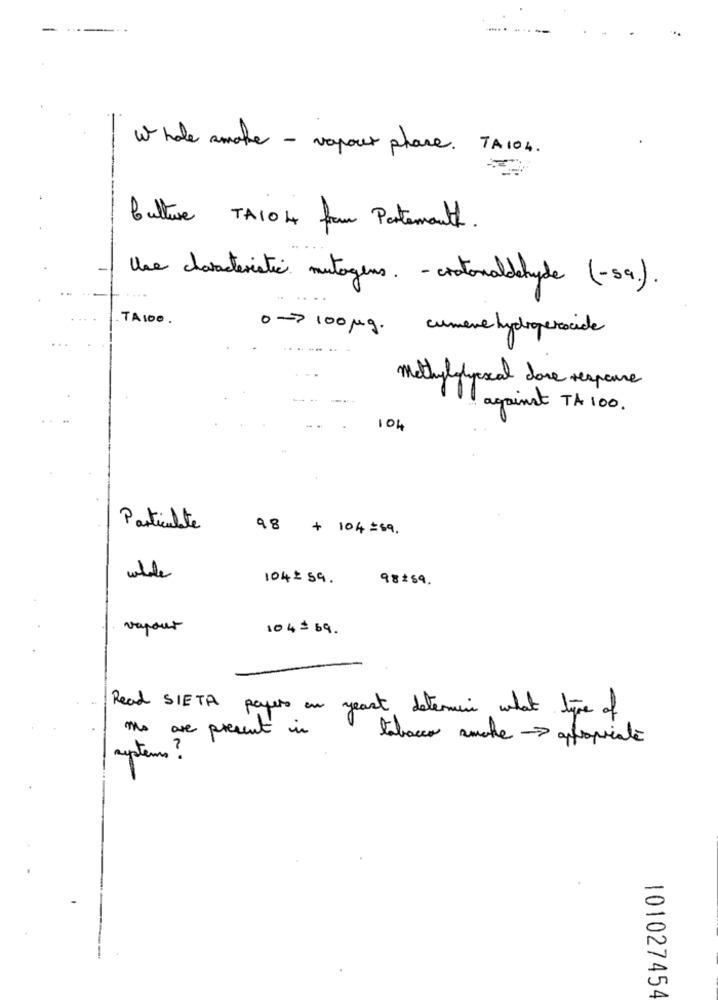
---
Whole smoke - vapour phase . TA104 .
Culture TA104 frau Partemant.
Use characteristic mutagens. - crotonaldehyde (-59.).
0-100mg. comere hydroperacide
methylolyescal dose response
against TA 100 .
104
Particulate
98 + 104=69.
wilde
104:59.
98 59 .
vapour
10 45
Read SIETA papers on yeast determine what type of
mo are present in
tabacco smoke - appropriate
systems ?
101027454